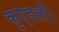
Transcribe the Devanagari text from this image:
कुण्डली।